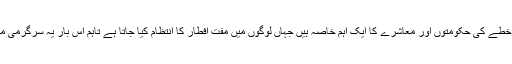
افطار کے خیمے اس خطے کی حکومتوں اور معاشرے کا ایک اہم خاصہ ہیں جہاں لوگوں میں مفت افطار کا انتظام کیا جاتا ہے تاہم اس بار یہ سرگرمی مکمل طور پر بند رہی۔